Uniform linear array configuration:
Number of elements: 16
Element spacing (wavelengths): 0.75
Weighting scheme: hamming
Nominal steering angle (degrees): -45
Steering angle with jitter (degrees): -46.456
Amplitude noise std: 0.05
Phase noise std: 0.05

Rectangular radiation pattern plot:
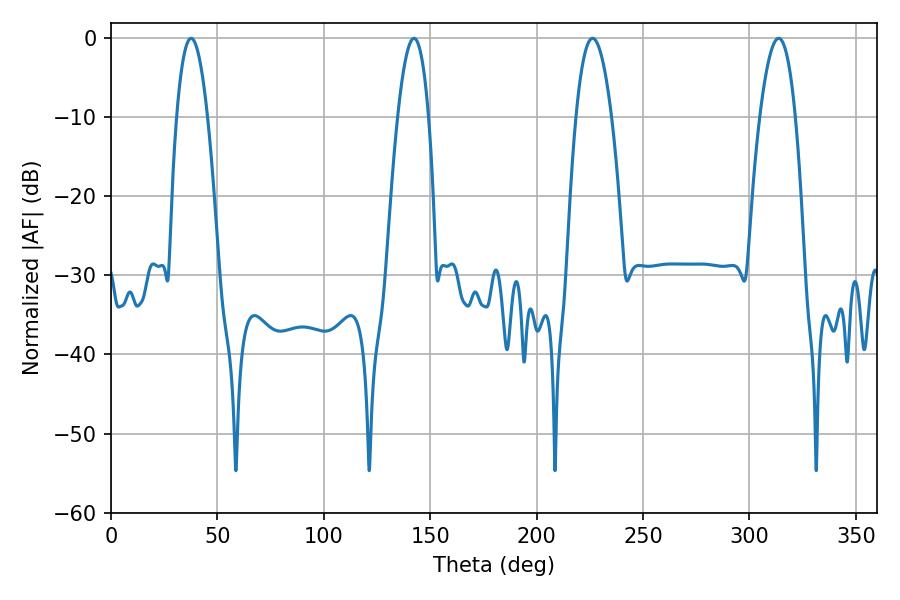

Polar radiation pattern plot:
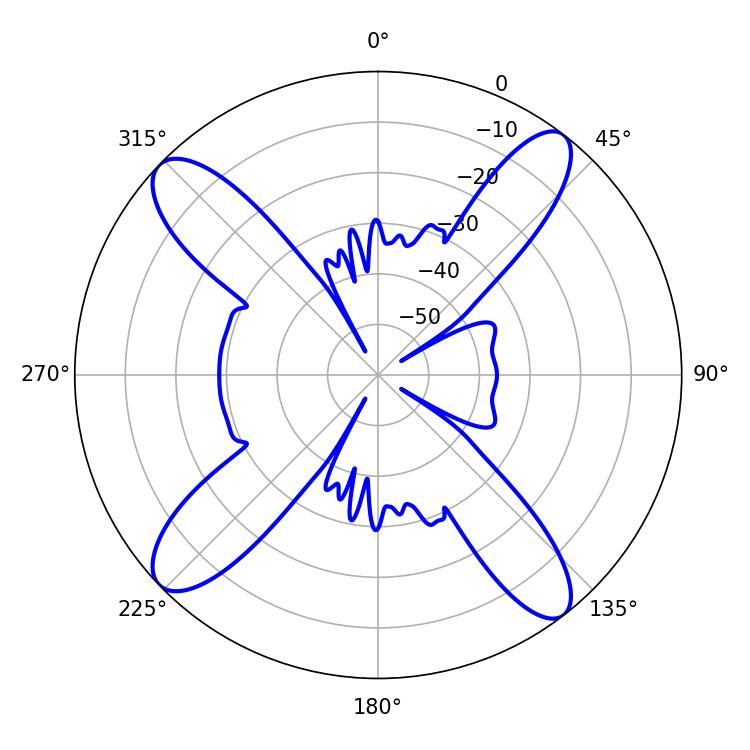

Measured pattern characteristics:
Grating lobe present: TRUE
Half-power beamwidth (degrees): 7.92
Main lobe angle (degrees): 37.62